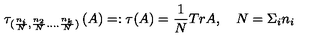
\tau _ { ( \frac { n _ { i } } { N } , \frac { n _ { 2 } } { N } . . . . \frac { n _ { k } } { N } ) } \left( A \right) = : \tau ( A ) = \frac { 1 } { N } T r A , \quad N = \Sigma _ { i } n _ { i }